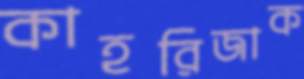
কাহরিজাক